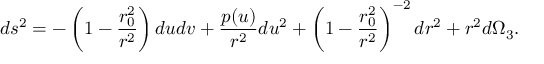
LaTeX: d s ^ { 2 } = - \left( 1 - \frac { r _ { 0 } ^ { 2 } } { r ^ { 2 } } \right) d u d v + \frac { p ( u ) } { r ^ { 2 } } d u ^ { 2 } + \left( 1 - \frac { r _ { 0 } ^ { 2 } } { r ^ { 2 } } \right) ^ { - 2 } d r ^ { 2 } + r ^ { 2 } d \Omega _ { 3 } .